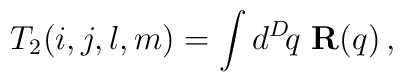
T_2(i,j,l,m) = \int d^D\! q\,\, {\bf R}(q)\,,